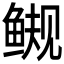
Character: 𫚜